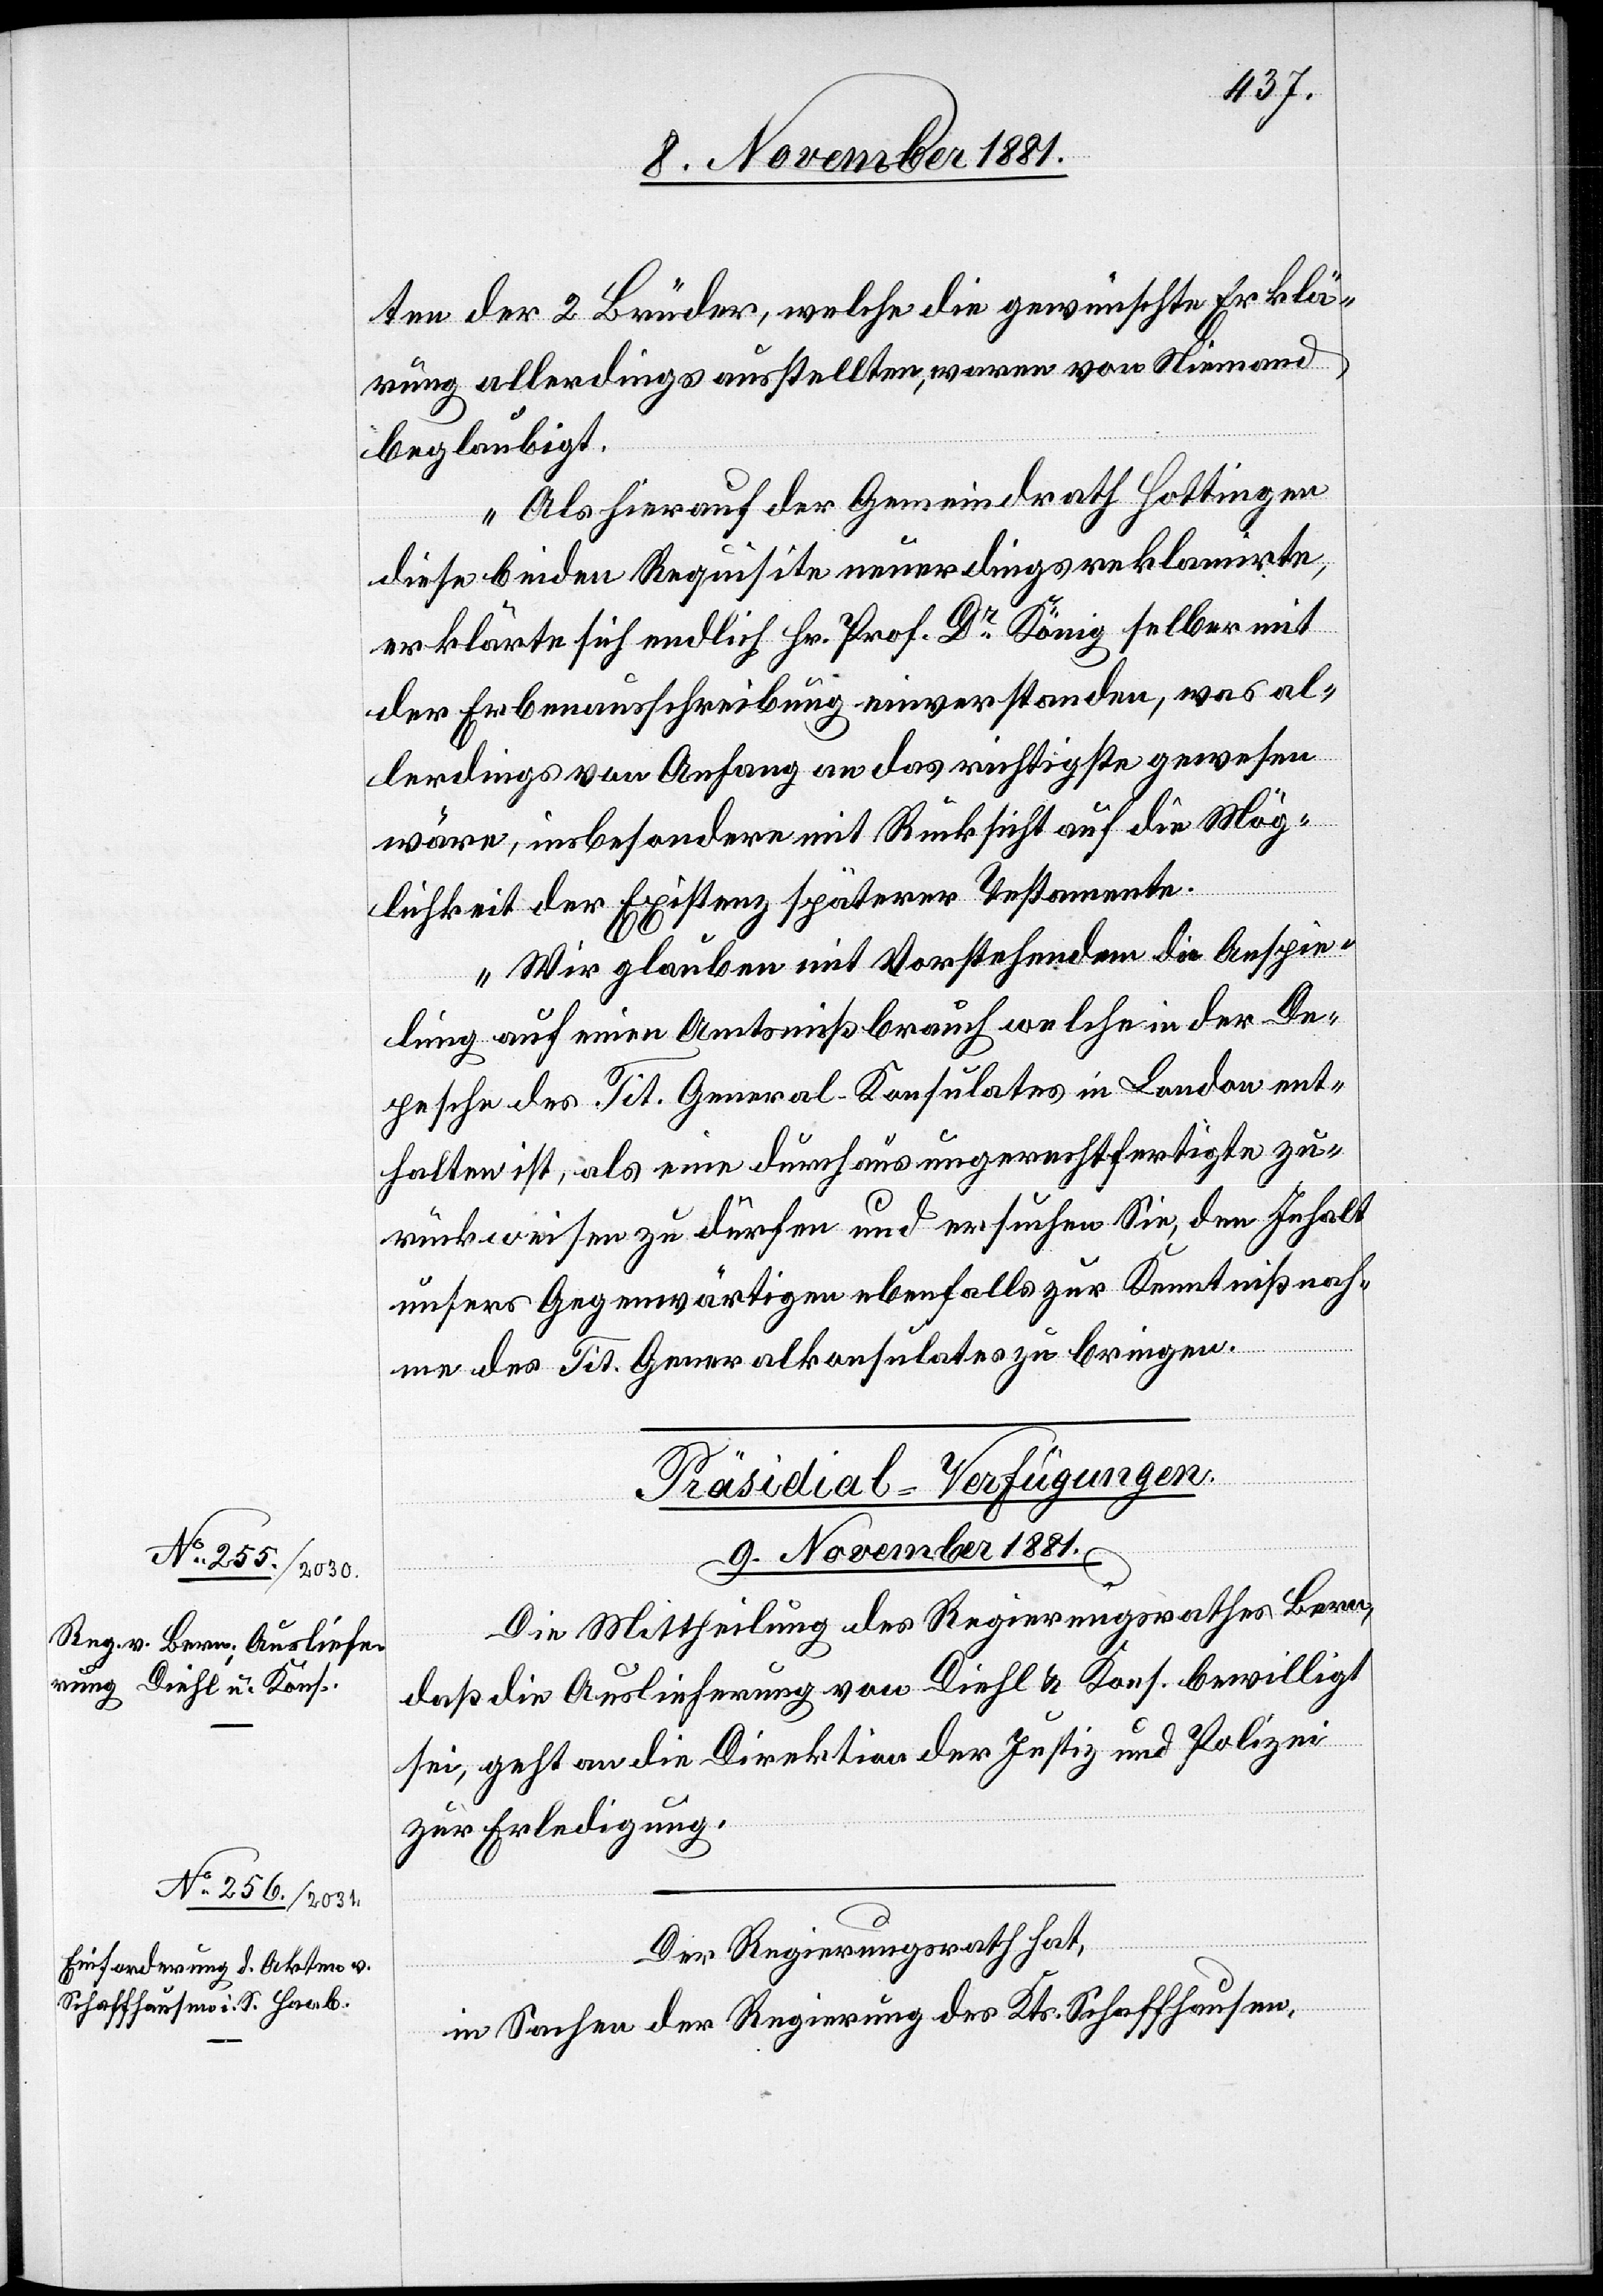
ten der 2 Brüder, welche die gewünschte Erklä¬
rung allerdings ausstellten, waren von Niemand
beglaubigt.
Als hierauf der Gemeindrath Hottingen
diese beiden Requisiten neuerdings reklamirte,
erklärte sich endlich Hr. Prof. Dr König selber mit
der Erbenausschreibung einverstanden, was al¬
lerdings von Anfang an das richtigste gewesen
wäre, insbesondere mit Rücksicht auf die Mög¬
lichkeit der Existenz späterer Testamente.
Wir glauben mit Vorstehendem die Anspie¬
lung auf einen Amtsmißbrauch welche in der De¬
pesche des Tit. General-Konsulates in London ent¬
halten ist, als eine durchaus ungerechtfertigte zu¬
rückweisen zu dürfen und ersuchen Sie, den Inhalt
unsers Gegenwärtigen ebenfalls zur Kenntnißnah¬
me des Tit. Generalkonsulates zu bringen.“
[Präsidial-Verfügungen.
9. November 1881.]
Die Mittheilung des Regierungsrathes Bern,
daß die Auslieferung von Diehl & Kons. bewilligt
sei, geht an die Direktion der Justiz und Polizei
zur Erledigung.
Der Regierungsrath hat,
in Sachen der Regierung des Kts. Schaffhausen,